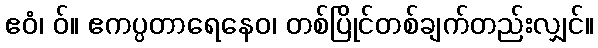
ဧဝံ၊ ဝ်။ ဧကပ္ပတာရေနေဝ၊ တစ်ပြိုင်တစ်ချက်တည်းလျှင်။